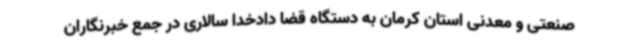
صنعتی و معدنی استان کرمان به دستگاه قضا دادخدا سالاری در جمع خبرنگاران